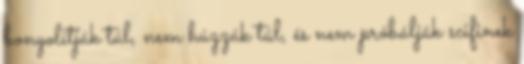
bonyolítják túl, nem húzzák túl, és nem próbálják scifinek